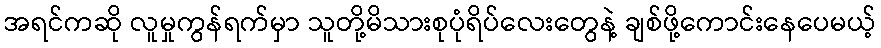
အရင်ကဆို လူမှုကွန်ရက်မှာ သူတို့မိသားစုပုံရိပ်လေးတွေနဲ့ ချစ်ဖို့ကောင်းနေပေမယ့်